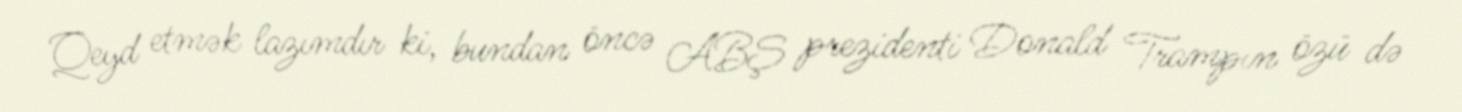
Qeyd etmək lazımdır ki, bundan öncə ABŞ prezidenti Donald Trampın özü də